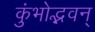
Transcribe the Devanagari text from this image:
कुंभोद्भवन्